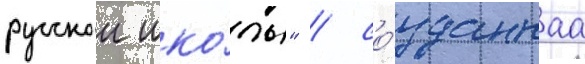
русскои шко́лы" / со́зданнаа